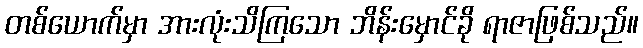
တစ်ယောက်မှာ အားလုံးသိကြသော ဘိန်းမှောင်ခို ရာဇာဖြစ်သည်။